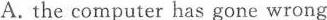
A. the computer has gone wrong